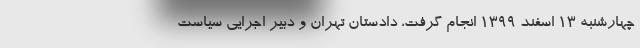
چهارشنبه ۱۳ اسفند ۱۳۹۹ انجام گرفت، دادستان تهران و دبیر اجرایی سیاست